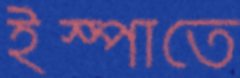
ইস্পাতে